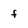
Character: f